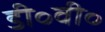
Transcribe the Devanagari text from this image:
डी॰वी॰